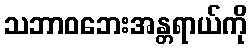
သဘာဝဘေးအန္တရာယ်ကို